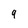
Character: 9